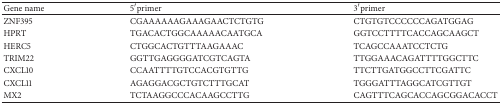
| Gene name | 5′primer | 3′primer |
 | --- | --- | --- |
 | ZNF395 | CGAAAAAAGAAAGAACTCTGTG | CTGTGTCCCCCCAGATGGAG |
 | HPRT | TGACACTGGCAAAAACAATGCA | GGTCCTTTTCACCAGCAAGCT |
 | HERC5 | CTGGCACTGTTTAAGAAAC | TCAGCCAAATCCTCTG |
 | TRIM22 | GGTTGAGGGGATCGTCAGTA | TTGGAAACAGATTTTGGCTTC |
 | CXCL10 | CCAATTTTGTCCACGTGTTG | TTCTTGATGGCCTTCGATTC |
 | CXCL11 | AGAGGACGCTGTCTTTGCAT | TGGGATTTAGGCATCGTTGT |
 | MX2 | TCTAAGGCCCACAAGCCTTG | CAGTTTCAGCACCAGCGGACACCT |